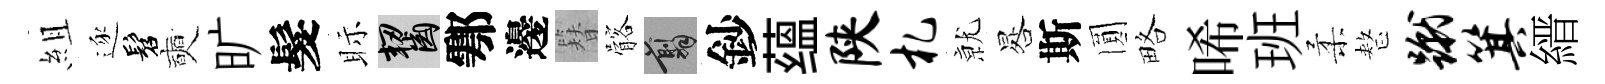
組逐髫奭旷髮眎齧鄠邊簪髂翦鈔蕴陕札𭕒晷斯圎略唏班柔整蹴箕縉